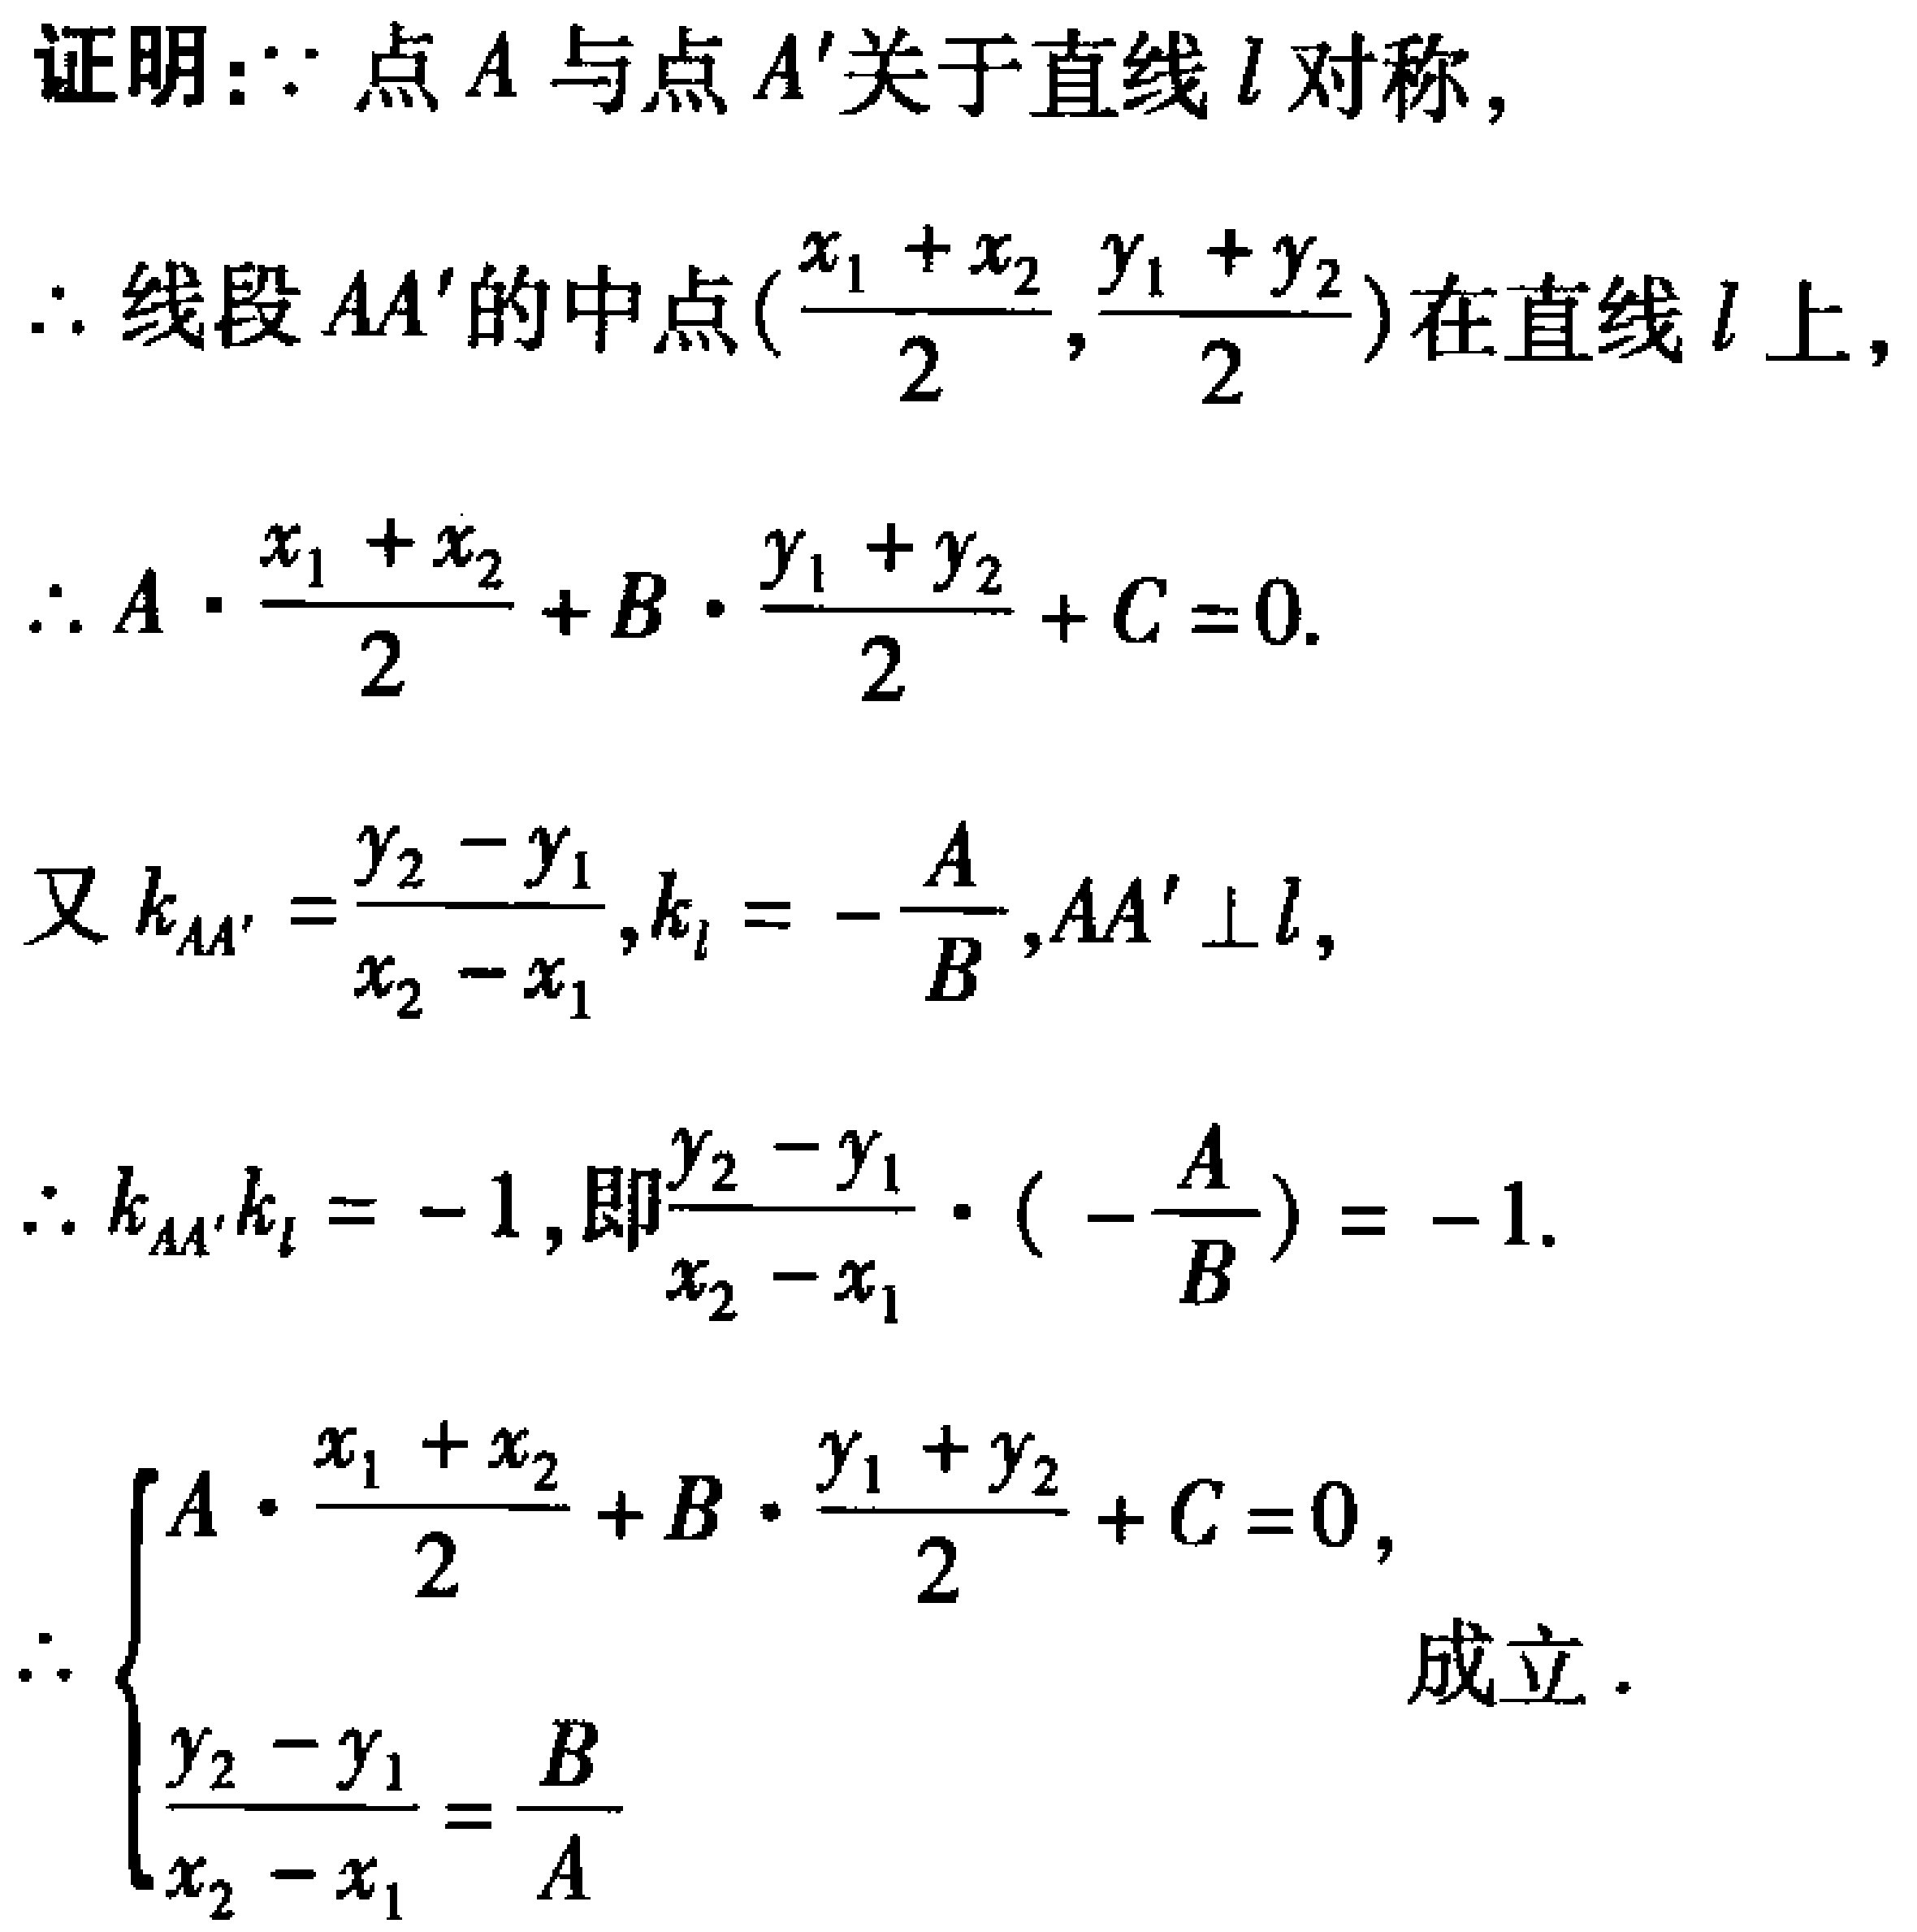
证明：$\because$点$A$与点$A'$关于直线$l$对称，
$\therefore$线段$AA'$的中点$(\frac{x_1 + x_2}{2}, \frac{y_1 + y_2}{2})$在直线$l$上，
$\therefore A\cdot\frac{x_1 + x_2}{2}+B\cdot\frac{y_1 + y_2}{2}+C = 0$.

又$k_{AA'}=\frac{y_2 - y_1}{x_2 - x_1}, k_l = -\frac{A}{B}, AA'\perp l$，
$\therefore k_{AA'}\cdot k_l = -1$，即$\frac{y_2 - y_1}{x_2 - x_1}\cdot(-\frac{A}{B}) = -1$.

$\therefore
\begin{cases}
A\cdot\frac{x_1 + x_2}{2}+B\cdot\frac{y_1 + y_2}{2}+C = 0, \\
\frac{y_2 - y_1}{x_2 - x_1}=\frac{B}{A}
\end{cases}$成立.